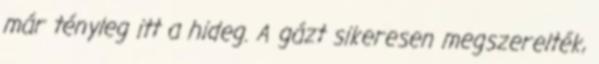
már tényleg itt a hideg. A gázt sikeresen megszerelték,